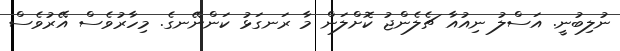
ނުލިބުނީ. އަސްލު ނިއުއާ ޗެލެންޖު ކޮށްލަން މާ ރަނގަޅު ކަންނޭނގެ. މިހާރުވެސް އޭރުވެސް